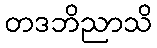
တဒဘိညာသိ